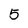
Character: 5